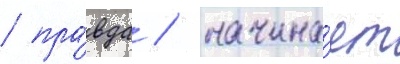
/ пра́вда / начина́ет